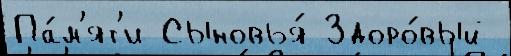
Па́м'ят'и Сыновья́ Здоро́вый